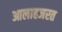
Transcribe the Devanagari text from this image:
आलाहजरत